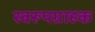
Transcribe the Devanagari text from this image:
स्वरूपग्राहक